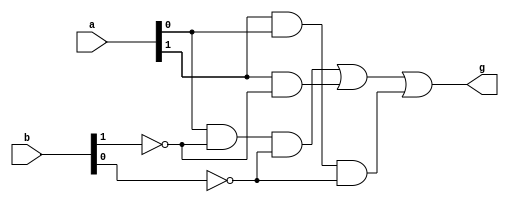
// Created by Jeevaka Dassanayake on 4/23/18.
//   Copyright (c) 2018 Jeevaka Dassanayake.

`timescale 1ns / 1ps

module G8ter2( input [1:0] a, input [1:0] b, output g );

	assign g = ( a[0] & ~b[1] & ~b[0] ) | ( a[1] & ~ b[1] ) | ( a[1] & a[0] & ~b[0] );

endmodule